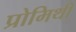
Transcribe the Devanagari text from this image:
प्रोमिथी